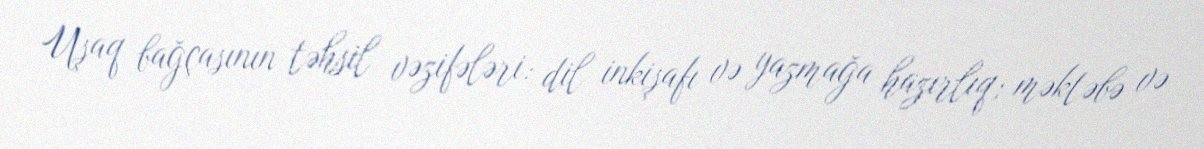
Uşaq bağçasının təhsil vəzifələri: dil inkişafı və yazmağa hazırlıq; məktəbə və